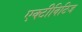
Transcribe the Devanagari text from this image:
एक्टीविटिज